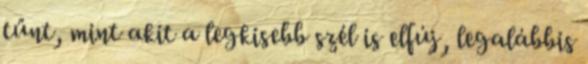
tűnt, mint akit a legkisebb szél is elfúj, legalábbis